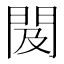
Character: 𨳛